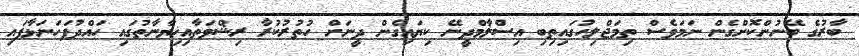
ބާރުގެ ބޭނުންކޮށްގެން ނަމަވެސް ތިމަޖްލިހުގައިތިބި އިސްލާމްދީނޭ ކިޔައިގެން ދީނަށް ހުތުރުކުރާ ރިޝްވަތާއިޚިޔާނާތުގައި ހައްދުފަހަނަޅާފައި